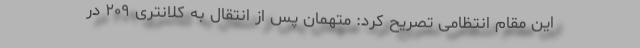
این مقام انتظامی تصریح کرد: متهمان پس از انتقال به کلانتری ۲۰۹ در